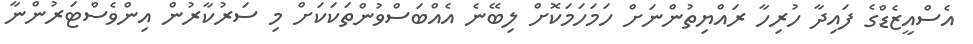
އެސްއީޒެޑްގެ ފައިދާ ހުރިހާ ރައްޔިތުންނަށް ހަމަހަމަކޮށް ލިބޭނެ އެއްބަސްވުންތަކަކަށް މި ސަރުކާރުން އިންވެސްޓަރުންނާ